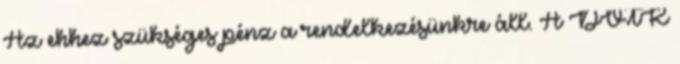
Az ehhez szükséges pénz a rendelkezésünkre áll. A DVTK